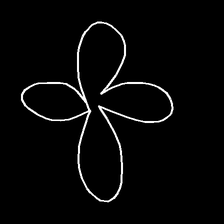
Glyph: billowing